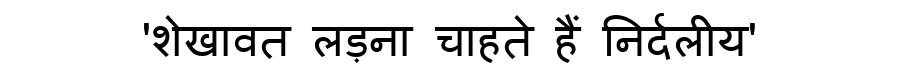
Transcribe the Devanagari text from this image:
'शेखावत लड़ना चाहते हैं निर्दलीय'